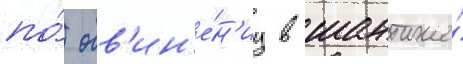
по́ обв'ин'е́н'иу в шантаже́